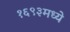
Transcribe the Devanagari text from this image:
१६९३मध्ये